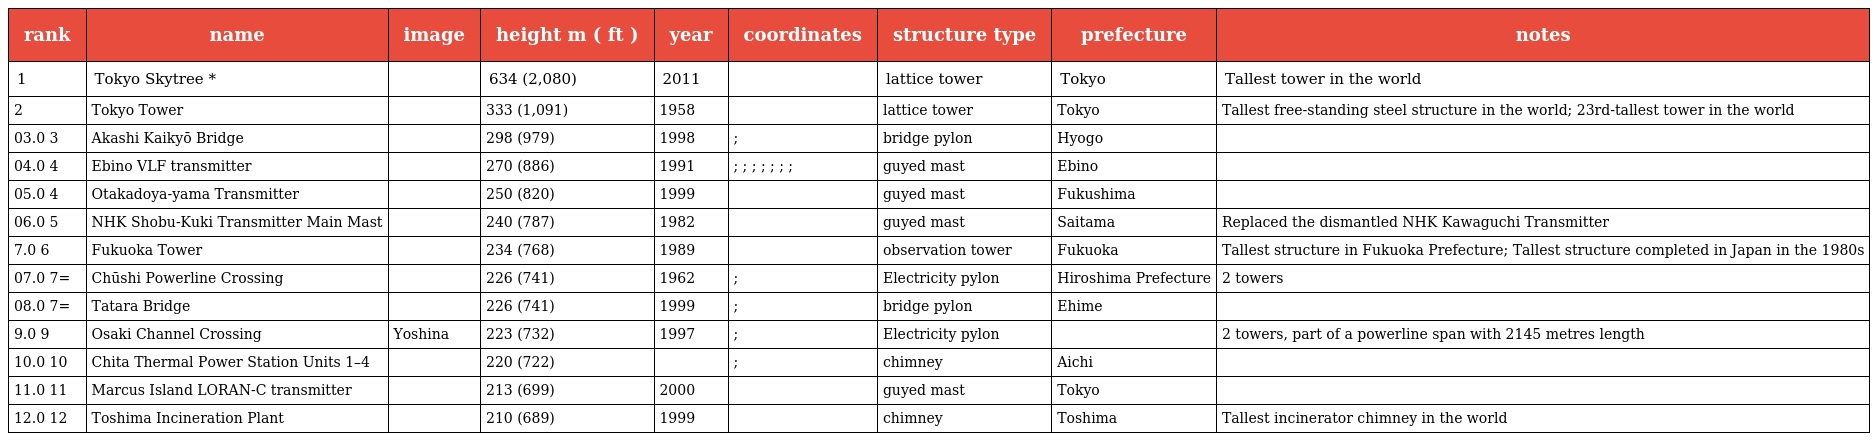
| rank | name | image | height m ( ft ) | year | coordinates | structure type | prefecture | notes |
 | --- | --- | --- | --- | --- | --- | --- | --- | --- |
 | 1 | Tokyo Skytree * |  | 634 (2,080) | 2011 |  | lattice tower | Tokyo | Tallest tower in the world |
 | 2 | Tokyo Tower |  | 333 (1,091) | 1958 |  | lattice tower | Tokyo | Tallest free-standing steel structure in the world; 23rd-tallest tower in the world |
 | 03.0 3 | Akashi Kaikyō Bridge |  | 298 (979) | 1998 | ; | bridge pylon | Hyogo |  |
 | 04.0 4 | Ebino VLF transmitter |  | 270 (886) | 1991 | ; ; ; ; ; ; ; | guyed mast | Ebino |  |
 | 05.0 4 | Otakadoya-yama Transmitter |  | 250 (820) | 1999 |  | guyed mast | Fukushima |  |
 | 06.0 5 | NHK Shobu-Kuki Transmitter Main Mast |  | 240 (787) | 1982 |  | guyed mast | Saitama | Replaced the dismantled NHK Kawaguchi Transmitter |
 | 7.0 6 | Fukuoka Tower |  | 234 (768) | 1989 |  | observation tower | Fukuoka | Tallest structure in Fukuoka Prefecture; Tallest structure completed in Japan in the 1980s |
 | 07.0 7= | Chūshi Powerline Crossing |  | 226 (741) | 1962 | ; | Electricity pylon | Hiroshima Prefecture | 2 towers |
 | 08.0 7= | Tatara Bridge |  | 226 (741) | 1999 | ; | bridge pylon | Ehime |  |
 | 9.0 9 | Osaki Channel Crossing | Yoshina | 223 (732) | 1997 | ; | Electricity pylon |  | 2 towers, part of a powerline span with 2145 metres length |
 | 10.0 10 | Chita Thermal Power Station Units 1–4 |  | 220 (722) |  | ; | chimney | Aichi |  |
 | 11.0 11 | Marcus Island LORAN-C transmitter |  | 213 (699) | 2000 |  | guyed mast | Tokyo |  |
 | 12.0 12 | Toshima Incineration Plant |  | 210 (689) | 1999 |  | chimney | Toshima | Tallest incinerator chimney in the world |